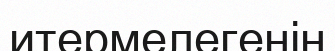
итермелегенін